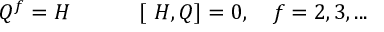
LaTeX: Q ^ { f } = H \: \: \: \: \: \: \, \: \: \: \: \: \: \ [ \ H , Q ] = 0 , \: \: \: \ f = 2 , 3 , . . .